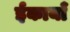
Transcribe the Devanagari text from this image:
ईकायाँ